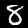
Digit: 8